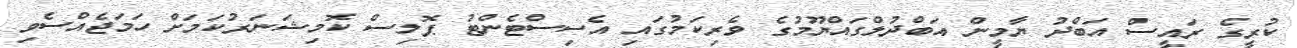
ކުރީގެ ރައީސް އަބްދު ޔާމީން އަބްދުލްގައްޔޫމުގެ ވެރިކަމުގައި އެސިސްޓެންޓު ޕޮލިސް ކޮމިޝަނަރުކަމަށް ހަމަޖެއްސެވި